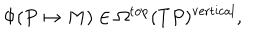
\Phi ( P \mapsto M ) \in \Omega ^ { \mathrm { t o p } } ( T P ) ^ { \mathrm { v e r t i c a l } } ,